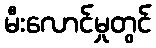
မီးလောင်မှုတွင်